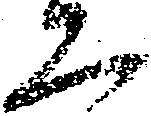
恐